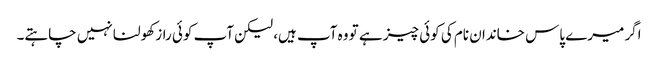
اگر میرے پاس خاندان نام کی کوئی چیز ہے تو وہ آپ ہیں، لیکن آپ کوئی راز کھولنا نہیں چاہتے۔